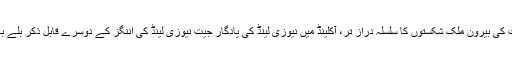
یہ بھی پڑھیں: بھارت کی بیرون ملک شکستوں کا سلسلہ دراز تر، آکلینڈ میں نیوزی لینڈ کی یادگار جیت نیوزی لینڈ کی اننگز کے دوسرے قابل ذکر بلے باز کین ولیم سن رہے۔